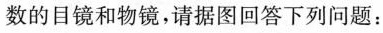
数的目镜和物镜，请据图回答下列问题：